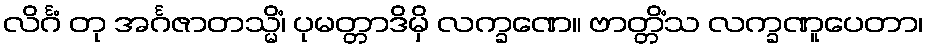
လိင်္ဂံ တု အင်္ဂဇာတသ္မိံ၊ ပုမတ္တာဒိမှိ လက္ခဏေ။ ဗာတ္တိံသ လက္ခဏူပေတာ၊